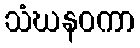
သံဃနဝကာ